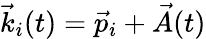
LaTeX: \vec{k}_{i}(t)=\vec{p}_{i}+\vec{A}(t)